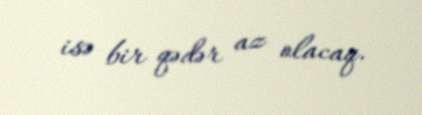
isə bir qədər az olacaq.